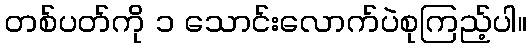
တစ်ပတ်ကို ၁ သောင်းလောက်ပဲစုကြည့်ပါ။